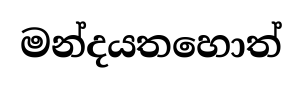
මන්දයතහොත්